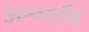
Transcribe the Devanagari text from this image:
अन्तगति